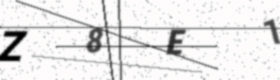
Text: Z8E1